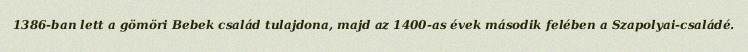
1386-ban lett a gömöri Bebek család tulajdona, majd az 1400-as évek második felében a Szapolyai-családé.